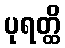
ပုရတ္ထိ